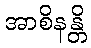
အာစိနန္တိ